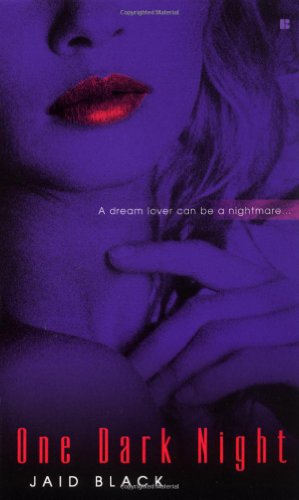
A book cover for One Dark Night (Berkley Sensation); Jaid Black; Romance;